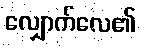
လျှောက်လေ၏